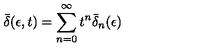
\bar { \delta } ( \epsilon , t ) = \sum _ { n = 0 } ^ { \infty } t ^ { n } \bar { \delta } _ { n } ( \epsilon )